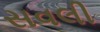
સવલી